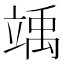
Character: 竬